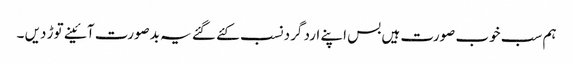
ہم سب خوب صورت ہیں بس اپنے ارد گرد نسب کئے گئے یہ بدصورت آئینے توڑ دیں ۔